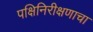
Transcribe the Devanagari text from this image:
पक्षिनिरीक्षणाचा